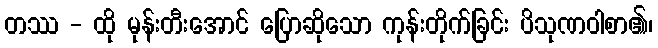
တဿ - ထို မုန်းတီးအောင် ပြောဆိုသော ကုန်းတိုက်ခြင်း ပိသုဏဝါစာ၏၊